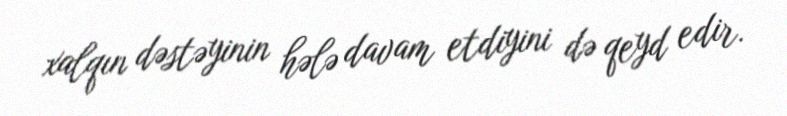
xalqın dəstəyinin hələ davam etdiyini də qeyd edir.